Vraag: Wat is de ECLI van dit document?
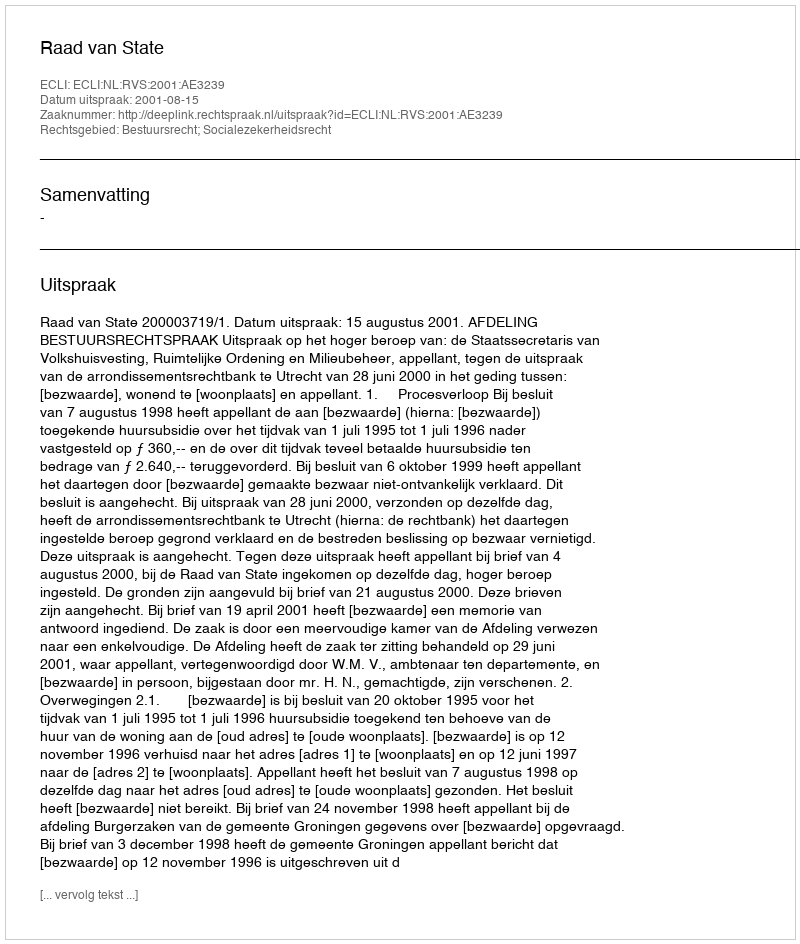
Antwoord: ECLI:NL:RVS:2001:AE3239